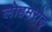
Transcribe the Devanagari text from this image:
लोहमरोड्